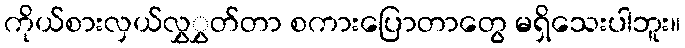
ကိုယ်စားလှယ်လွှွှတ်တာ စကားပြောတာတွေ မရှိသေးပါဘူး။